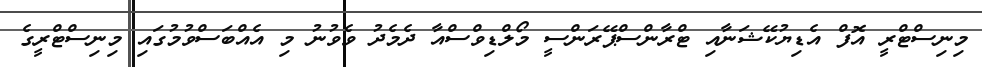
މިނިސްޓްރީ އޮފް އެޑިޔުކޭޝަނާއި ޓްރާންސްޕޭރަންސީ މޯލްޑިވްސްއާ ދެމެދު ވެވުނު މި އެއްބަސްވުމުގައި މިނިސްޓްރީގެ